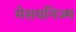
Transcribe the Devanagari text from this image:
मेसयनिज्म